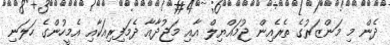
ދެން މި މަންޒަރުގެ ތެރެއިން ޖުމައްޔިލް އާއި މަޖުދާއާ ދެމަފިރިއަކާއި އެމީހުންގެ ހަލަނި